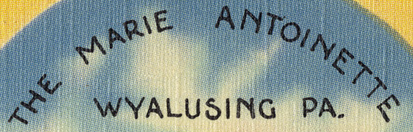
THE MARIE ANTOINETTE